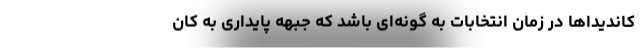
کاندیداها در زمان انتخابات به گونه‌ای باشد که جبهه پایداری به کان